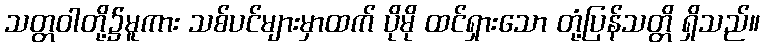
သတ္တဝါတို့၌မူကား သစ်ပင်များမှာထက် ပိုမို ထင်ရှားသော တုံ့ပြန်သတ္တိ ရှိသည်။